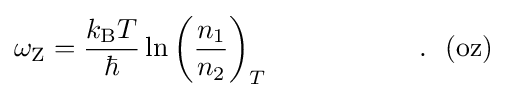
\omega _{\rm {Z}}={\frac {k_{\rm {B}}T}{\hbar }}\ln \left({\frac {n_{1}}{n_{2}}}\right)_{T}~~~~~~~~~~~~~~~~.~~{({\rm {oz)}}}